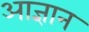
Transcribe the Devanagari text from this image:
आज्ञान